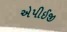
એપીઈજી